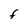
Character: F